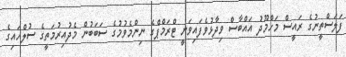
ފަލަސްތީނުގެ ރައީސް މަހްމޫދު އައްބާސް ވިދާޅުވެފައިވަނީ ޓްރަމްޕްގެ ނިންމެވުމުގެ ސަބަބުން މެދުއިރުމަތީގެ ސުލްހައިގެ